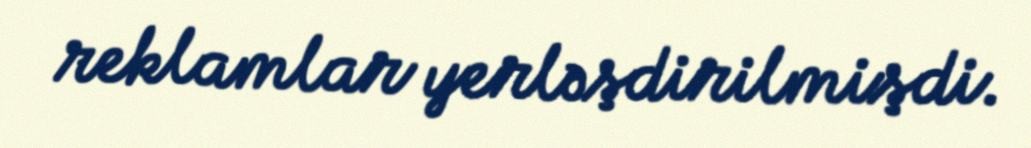
reklamlar yerləşdirilmişdi.